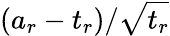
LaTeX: (a_{r}-t_{r})/\sqrt{t_{r}}